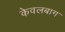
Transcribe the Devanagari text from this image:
केवलबाग